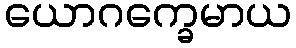
ယောဂက္ခေမာယ